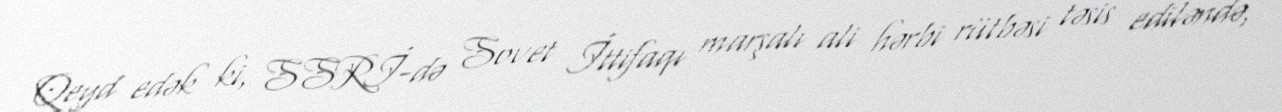
Qeyd edək ki, SSRİ-də Sovet İttifaqı marşalı ali hərbi rütbəsi təsis ediləndə,